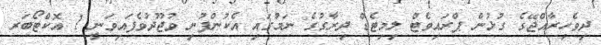
ދިވެހިރާއްޖޭގެ ގުޅުން ޕްރައިވެޓް ލިމިޓެޑް ދިރާގުގެ ނަމުގައި އެކުންފުނި ވުޖޫދުވެފައިވަނީ 1 އޮކްޓޯބަރ